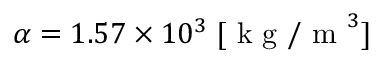
\alpha = 1 . 5 7 \times 1 0 ^ { 3 } \; [ \mathrm { ~ k ~ g ~ / ~ m ~ } ^ { 3 } ]